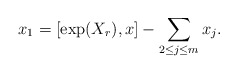
\begin{align*} x_1=[\exp(X_{r}),x]-\sum_{2\leq j\leq m} x_j.\end{align*}